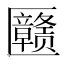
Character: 𱑉